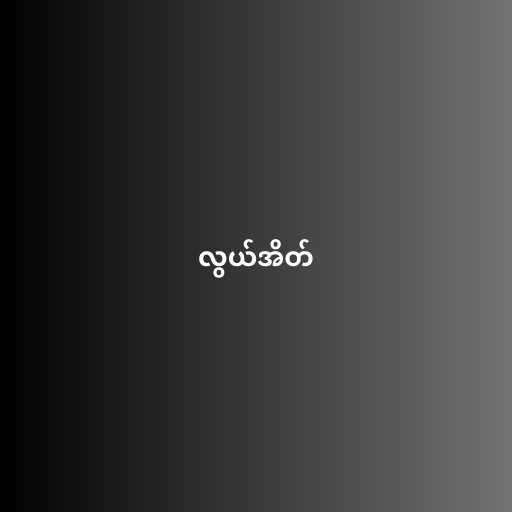
လွယ်အိတ်